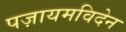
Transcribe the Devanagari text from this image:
पज़ायमविदेन